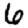
Digit: 6